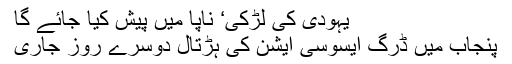
یہودی کی لڑکی‘ ناپا میں پیش کیا جائے گا
پنجاب میں ڈرگ ایسوسی ایشن کی ہڑتال دوسرے روز جاری